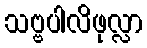
သဗ္ဗပါလိဖုလ္လာ